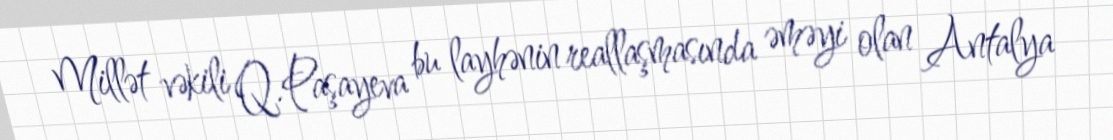
Millət vəkili Q.Paşayeva bu layhənin reallaşmasında əməyi olan Antalya